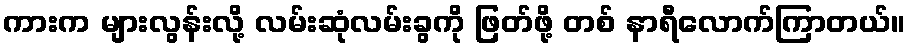
ကားက များလွန်းလို့ လမ်းဆုံလမ်းခွကို ဖြတ်ဖို့ တစ် နာရီလောက်ကြာတယ်။